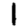
Digit: 1